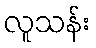
လူသန်း